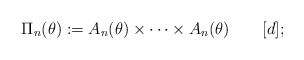
\begin{align*}\Pi_n(\theta) := A_n(\theta)\times\cdots\times A_n(\theta)\qquad[d];\end{align*}